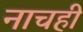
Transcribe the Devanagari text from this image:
नाचही